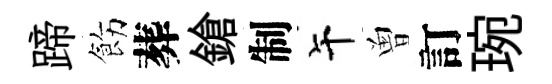
蹄飭葬鎗制午曽訂琬